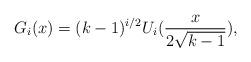
LaTeX: \begin{align*}G_i(x)= (k-1)^{i/2} U_i (\frac{x}{2 \sqrt{k-1}}), \end{align*}